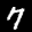
Label: 7